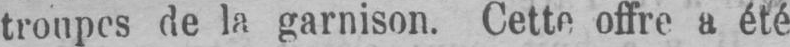
troupes de la garnison. Cette offre a été